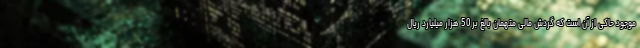
موجود حاکی از آن است که گردش مالی متهمان بالغ بر 50 هزار میلیارد ریال